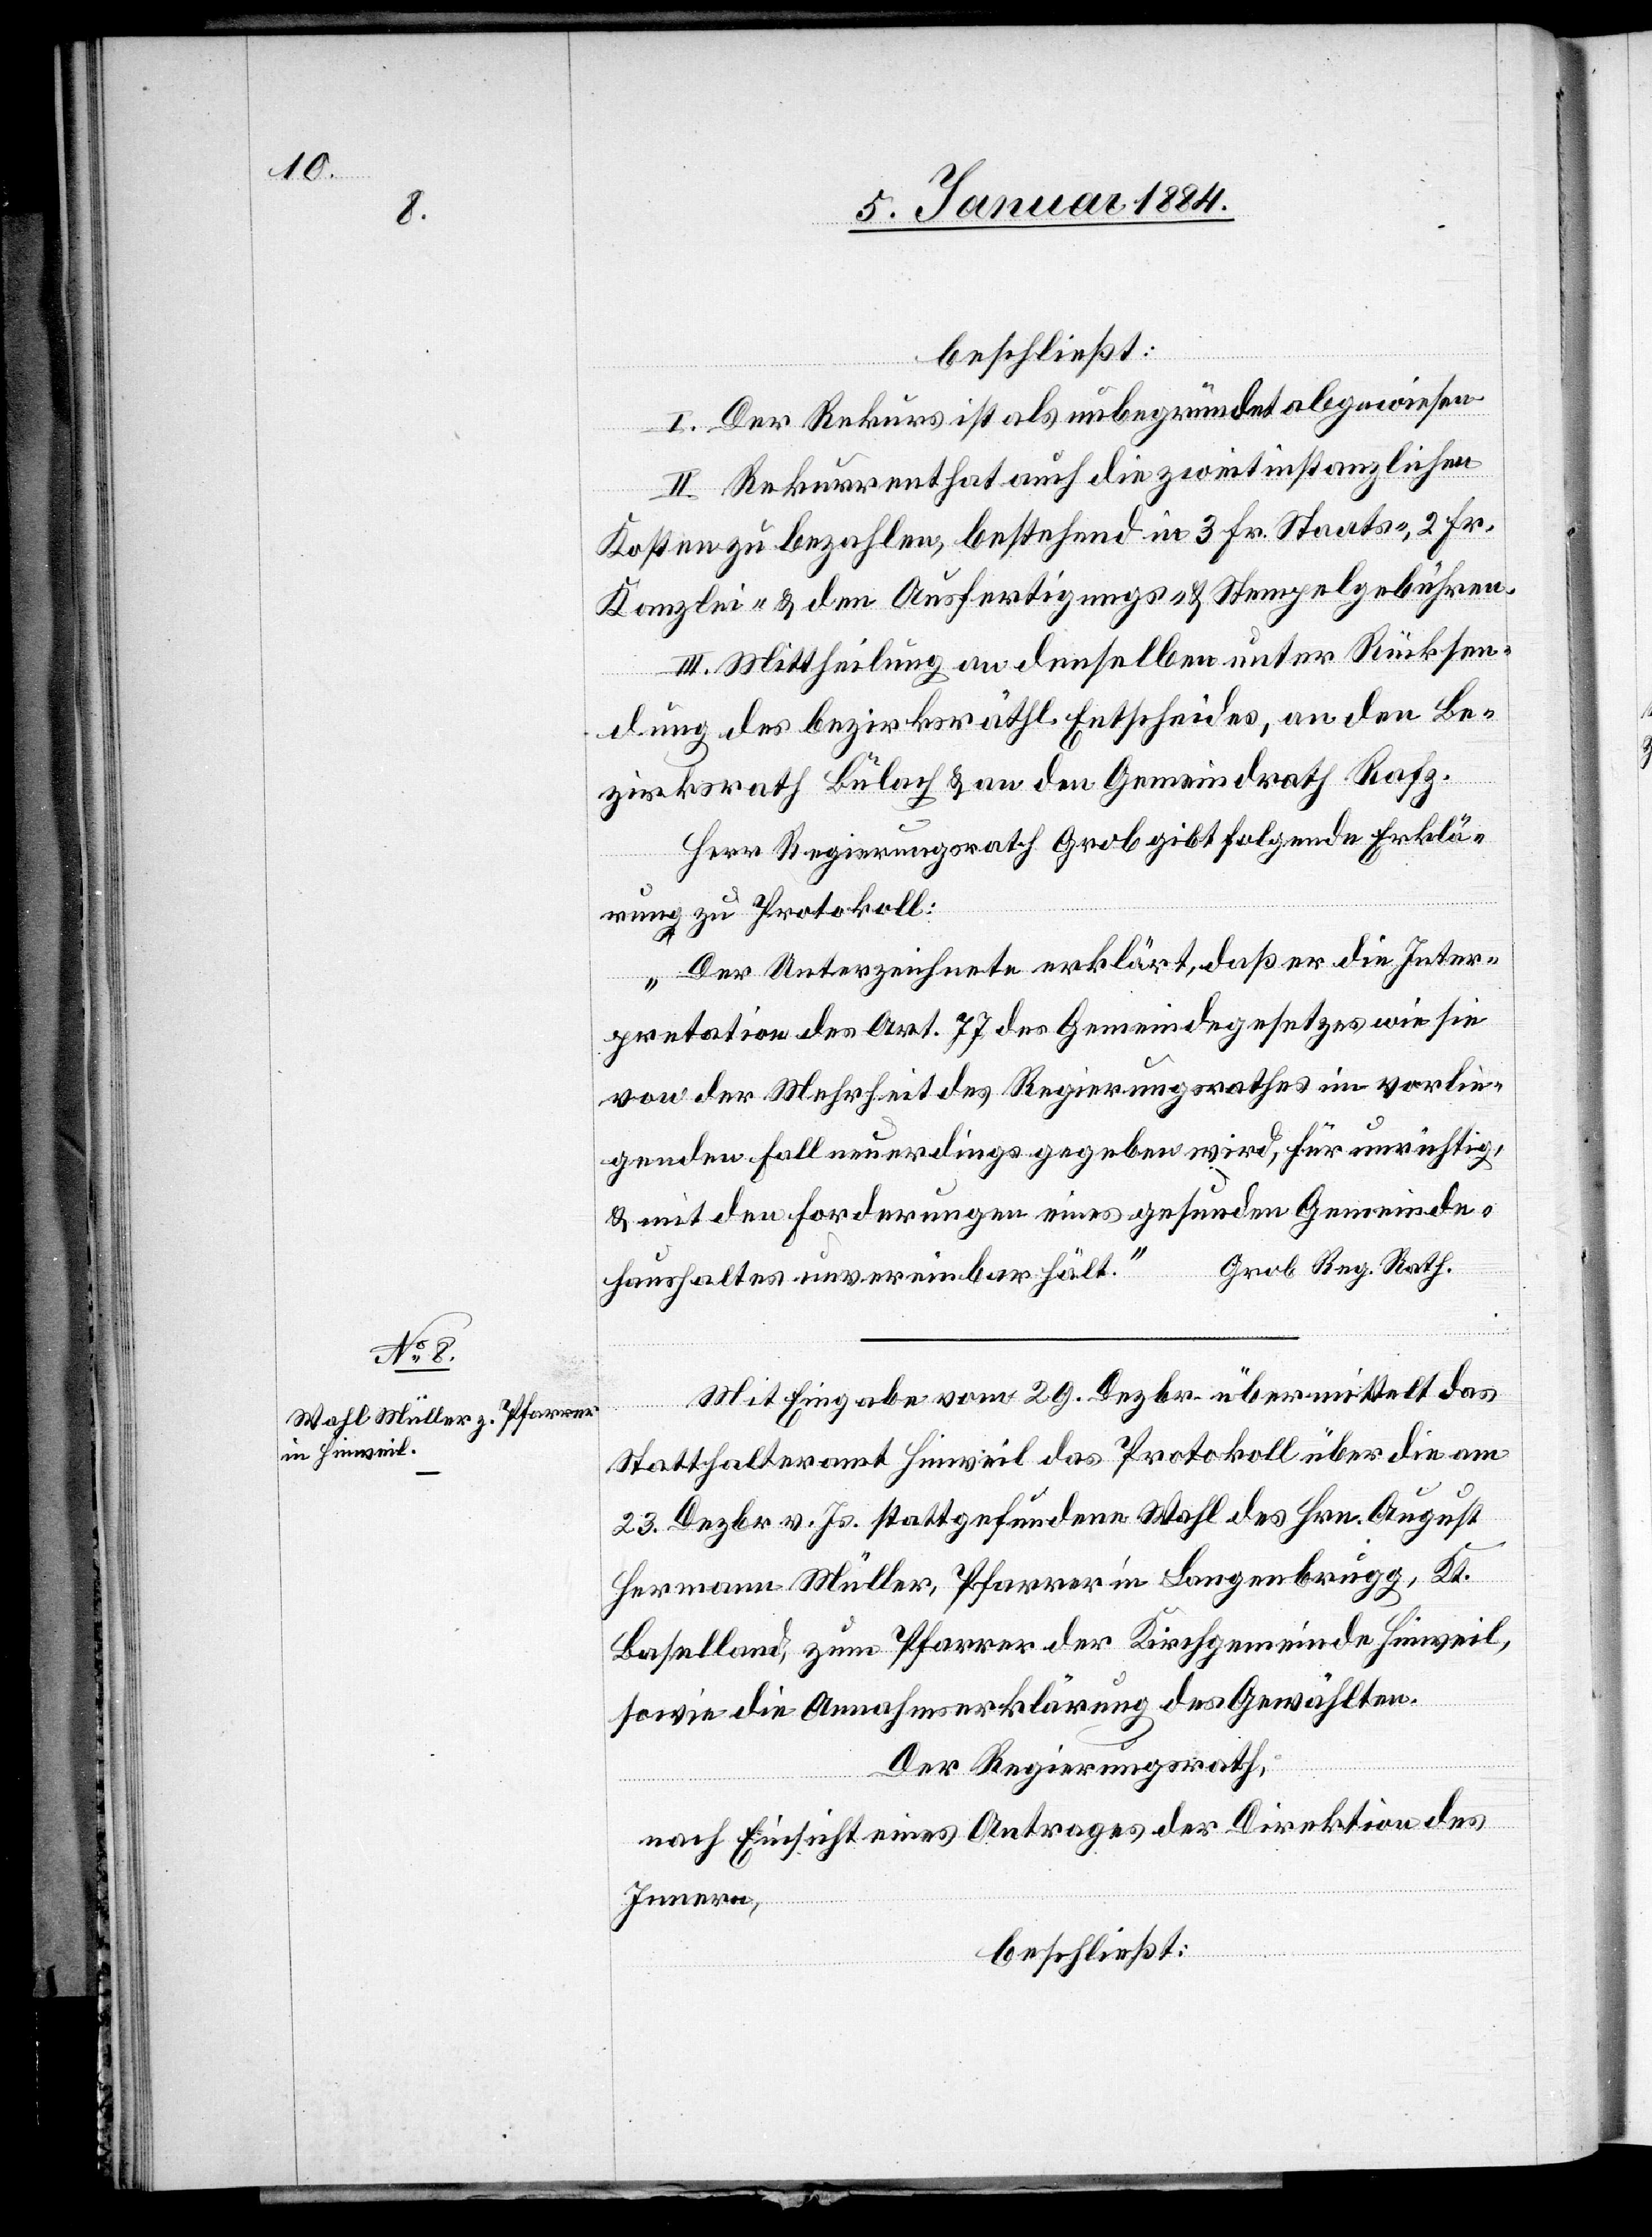
Mit Eingabe vom 29. Dezbr. übermittelt das
Statthalteramt Hinweil das Protokoll über die am
23. Dezbr. v. Js. stattgefundene Wahl des Hrn. August
Hermann Müller, Pfarrer in Langenbrugg, Kt.
Baselland, zum Pfarrer der Kirchgemeinde Hinweil,
sowie die Annahmserklärung des Gewählten.
Der Regierungsrath,
nach Einsicht eines Antrages der Direktion des
Innern,
beschließt: